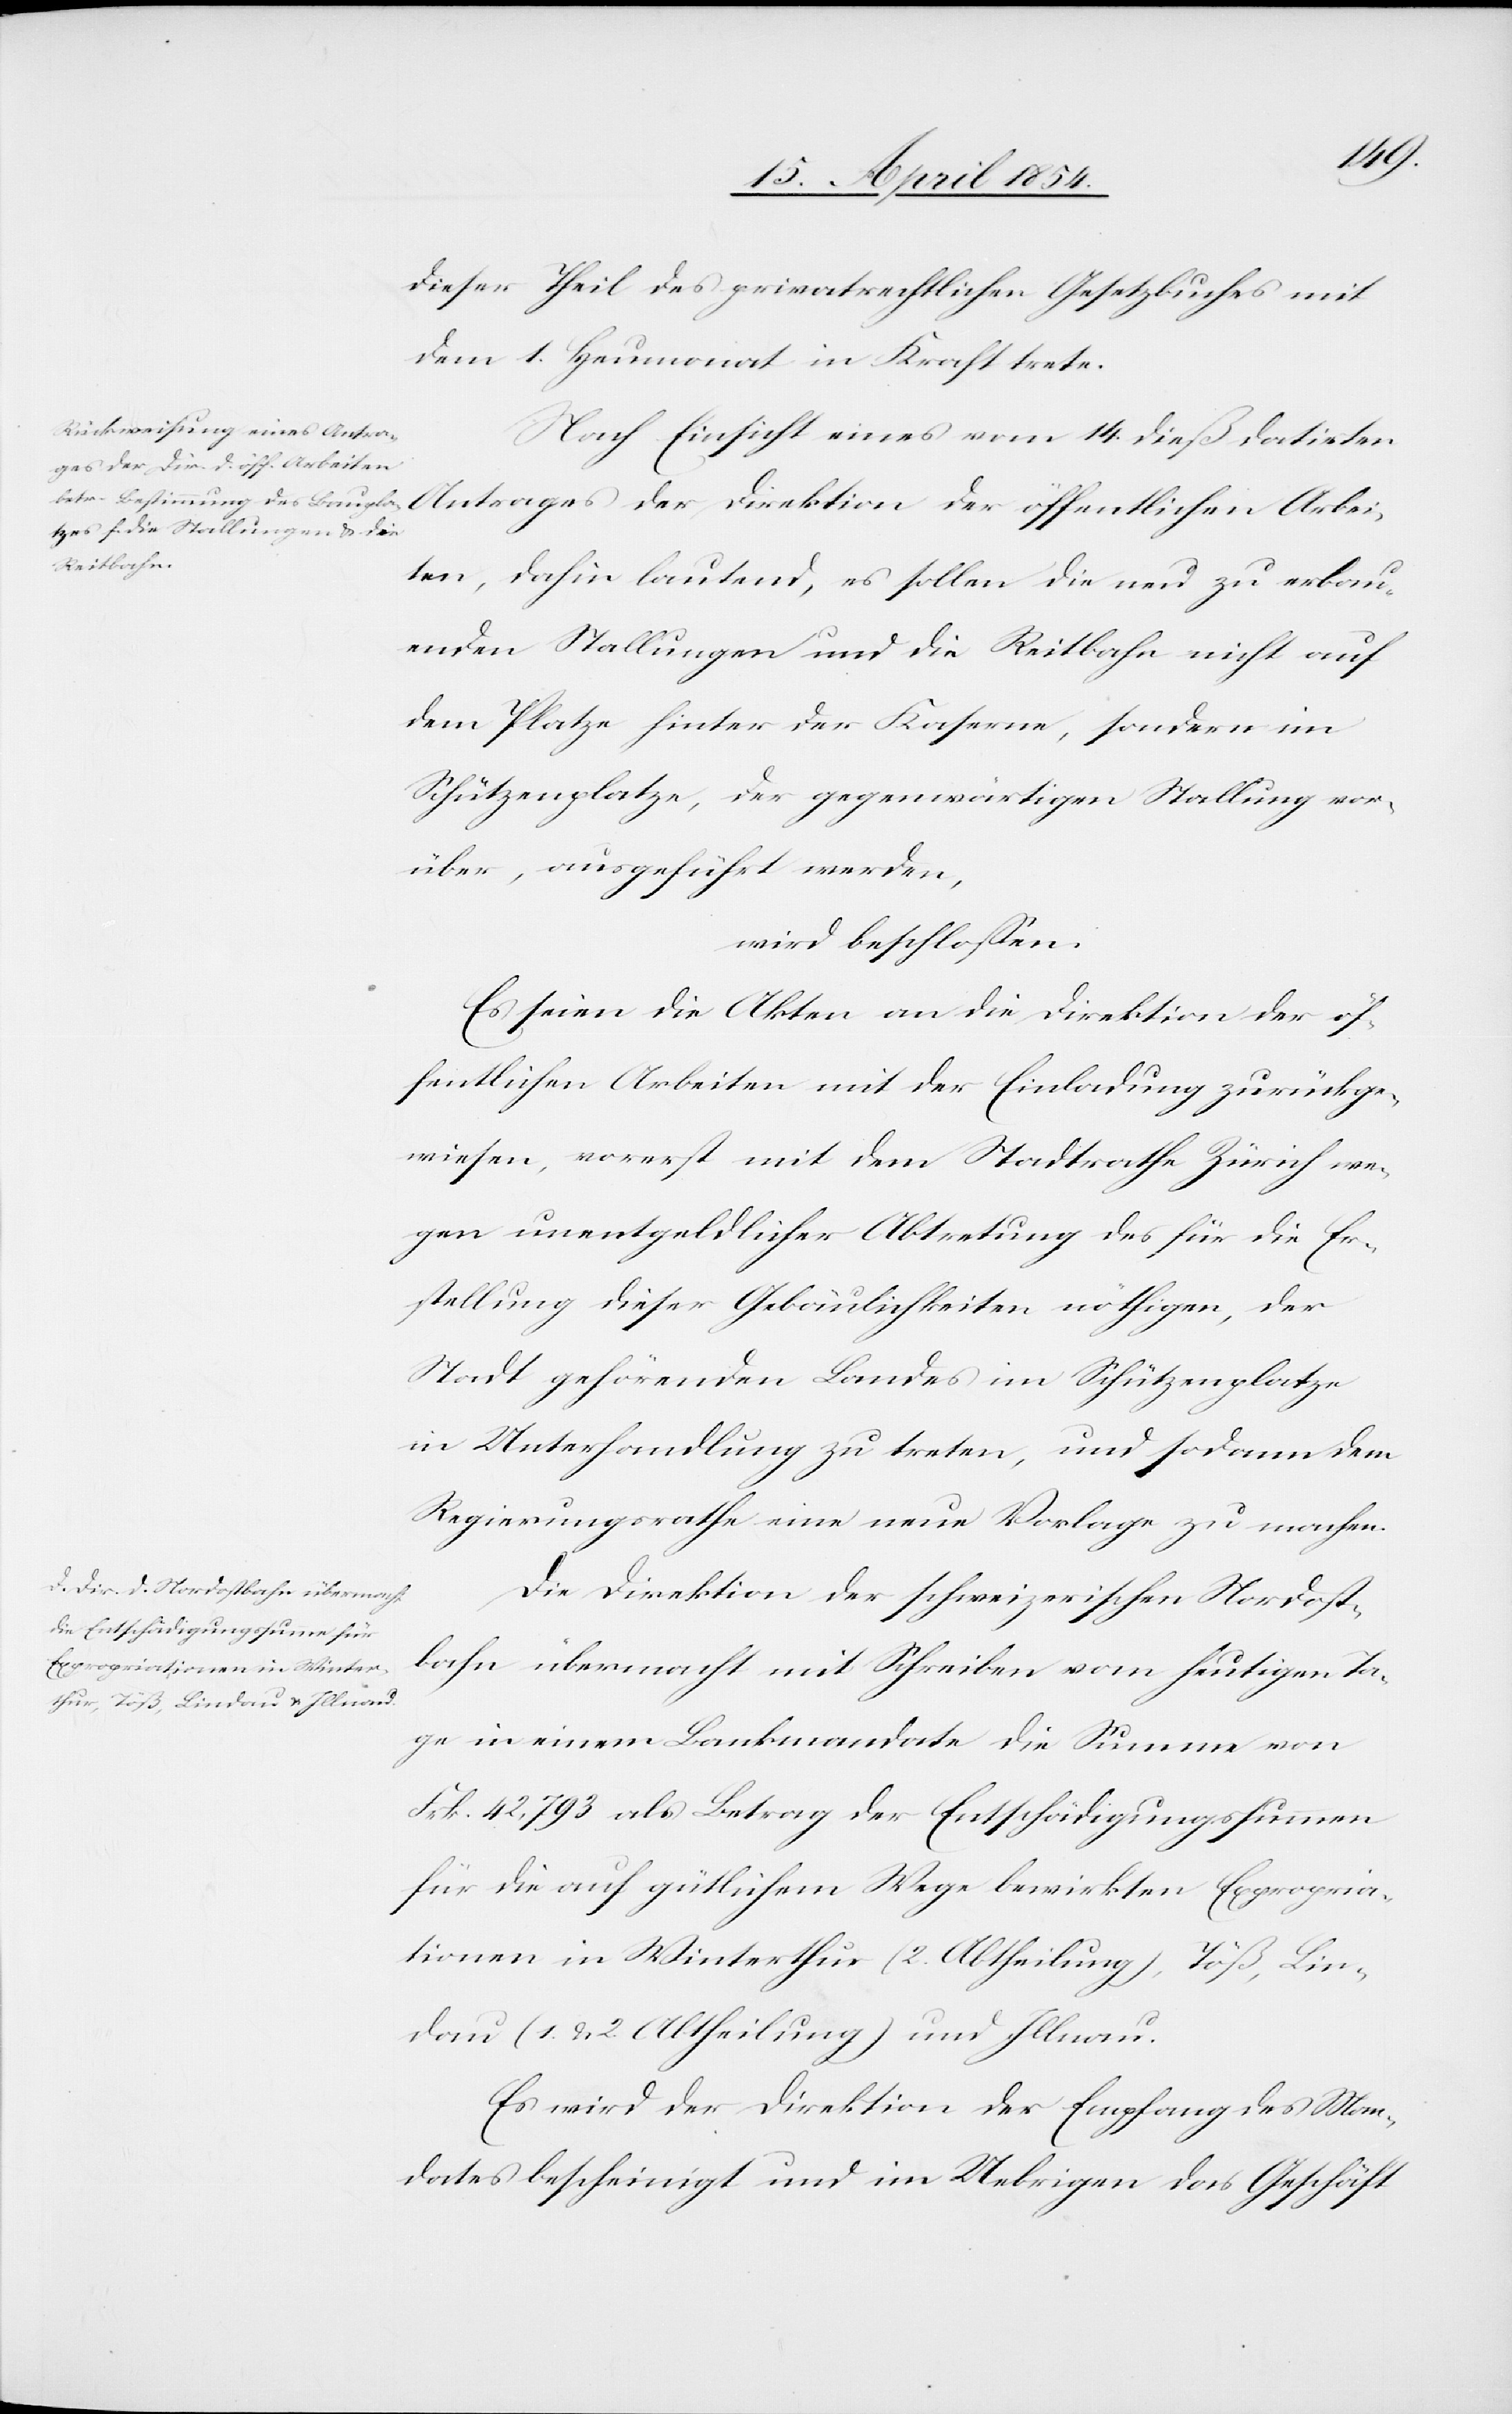
Arbei¬
dieser Theil des privatrechtlichen Gesetzbuches mit
dem 1. Heumonat in Kraft trete.
Nach Einsicht eines vom 14. dieß datirten
öffentlichen
ten, dahin lautend, es sollen die neu zu erbau¬
enden Stallungen und die Reitbahn nicht auf
dem Platze hinter der Kaserne, sondern im
Schützenplatze, der gegenwärtigen Stallung vor¬
über [sic!], ausgeführt werden,
wird beschloßen:
Es seien die Akten an die Direktion der öf¬
fentlichen Arbeiten mit der Einladung zurückge¬
wiesen, vorerst mit dem Stadtrathe Zürich we¬
gen unentgeldlicher Abtretung des für die Er¬
stellung dieser Gebäulichkeiten nöthigen, der
Stadt gehörenden Landes im Schützenplatze
in Unterhandlung zu treten, und sodann dem
Regierungsrathe eine neue Vorlage zu machen.
Die Direktion der schweizerischen Nordost¬
bahn übermacht mit Schreiben vom heutigen Ta¬
ge in einem Bankmandate die Summe von
Frk. 42,793 als Betrag der Entschädigungssummen
für die auf gütlichem Wege bewirkten Expropria¬
tionen in Winterthur (2. Abtheilung), Töß, Lin¬
dau (1. u. 2. Abtheilung) und Illnau.
Es wird der Direktion der Empfang des Man¬
dates bescheinigt und im Uebrigen das Geschäft